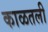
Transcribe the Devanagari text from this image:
काळतली